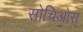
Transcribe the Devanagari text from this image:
सोचिओस्